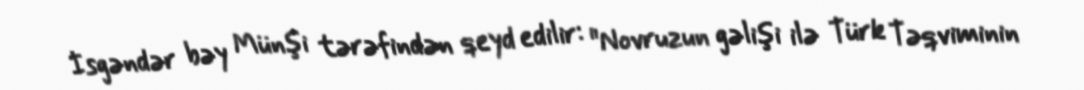
İsgəndər bəy Münşi tərəfindən qeyd edilir: "Novruzun gəlişi ilə Türk Təqviminin